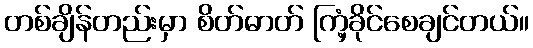
တစ်ချိန်တည်းမှာ စိတ်ဓာတ် ကြံ့ခိုင်စေချင်တယ်။